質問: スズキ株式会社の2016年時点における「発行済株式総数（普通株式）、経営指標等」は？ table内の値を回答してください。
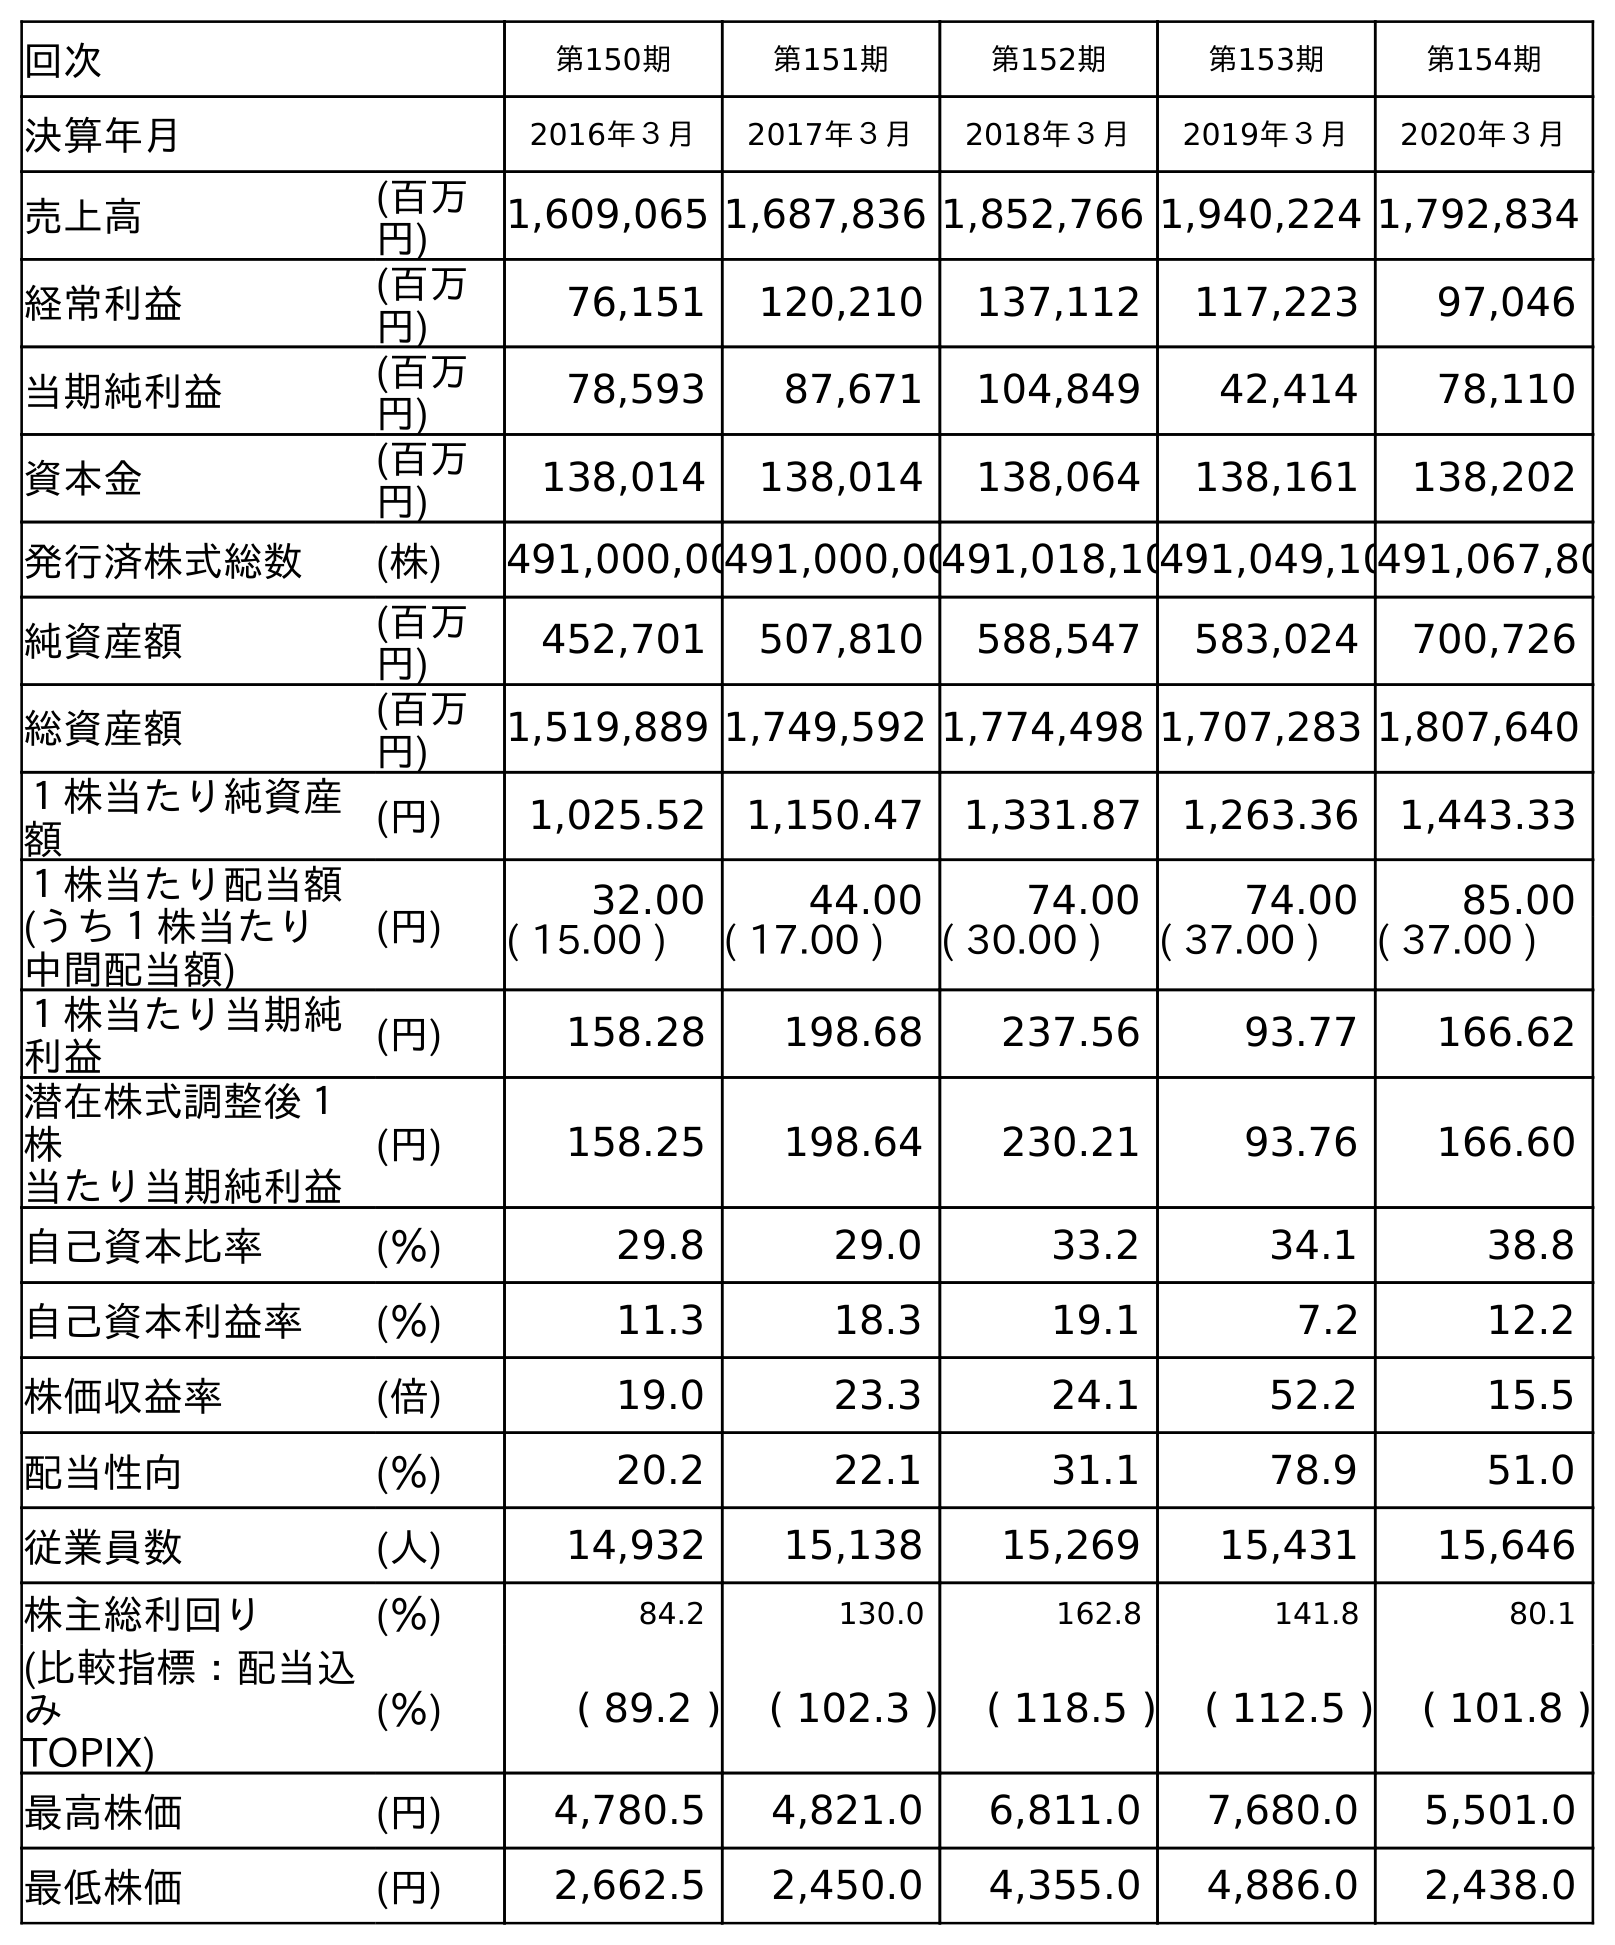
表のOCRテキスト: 回次 第150期 第151期 第152期 第153期 第154期 決算年月 2016年３月 2017年３月 2018年３月 2019年３月 2020年３月 売上高 (百万 円) 1,609,065 1,687,836 1,852,766 1,940,224 1,792,834 経常利益 (百万 円) 76,151 120,210 137,112 117,223 97,046 当期純利益 (百万 円) 78,593 87,671 104,849 42,414 78,110 資本金 (百万 円) 138,014 138,014 138,064 138,161 138,202 発行済株式総数 (株) 491,000,00491,000,00491,018,10491,049,10491,067,80 純資産額 (百万 円) 452,701 507,810 588,547 583,024 700,726 総資産額 (百万 円) 1,519,889 1,749,592 1,774,498 1,707,283 1,807,640 １株当たり純資産 額 (円) 1,025.52 1,150.47 1,331.87 1,263.36 1,443.33 １株当たり配当額 (うち１株当たり 中間配当額) (円) 32.00 44.00 74.00 74.00 85.00 ( 15.00 ) ( 17.00 ) ( 30.00 ) ( 37.00 ) ( 37.00 ) １株当たり当期純 利益 (円) 158.28 198.68 237.56 93.77 166.62 潜在株式調整後１ 株 当たり当期純利益 (円) 158.25 198.64 230.21 93.76 166.60 自己資本比率 (％) 29.8 29.0 33.2 34.1 38.8 自己資本利益率 (％) 11.3 18.3 19.1 7.2 12.2 株価収益率 (倍) 19.0 23.3 24.1 52.2 15.5 配当性向 (％) 20.2 22.1 31.1 78.9 51.0 従業員数 (人) 14,932 15,138 15,269 15,431 15,646 株主総利回り (％) 84.2 130.0 162.8 141.8 80.1 (比較指標：配当込 み TOPIX) (％) ( 89.2 ) ( 102.3 ) ( 118.5 ) ( 112.5 ) ( 101.8 ) 最高株価 (円) 4,780.5 4,821.0 6,811.0 7,680.0 5,501.0 最低株価 (円) 2,662.5 2,450.0 4,355.0 4,886.0 2,438.0
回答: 491,000,000